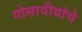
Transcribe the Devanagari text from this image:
गोसावीयांचे